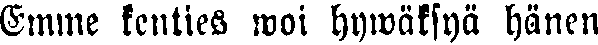
Emme kenties woi hywäksyä hänen